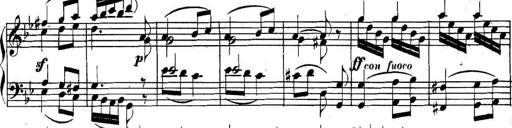
Title: Collected Piano Sonatas
Composer: Muzio Clementi